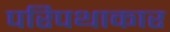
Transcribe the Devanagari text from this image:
परिपथाकार